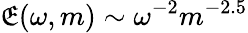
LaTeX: \mathfrak{E}(\omega,m)\sim\omega^{-2}m^{-2.5}